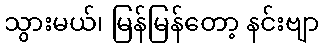
သွားမယ်၊ မြန်မြန်တော့ နင်းဗျာ